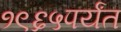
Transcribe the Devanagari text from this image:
१९६५पर्यंत